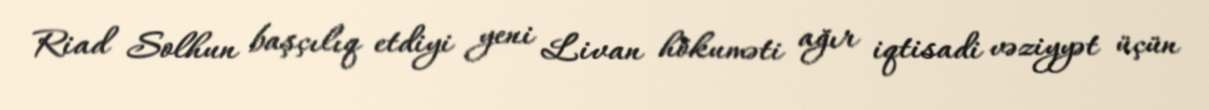
Riad Solhun başçılıq etdiyi yeni Livan hökuməti ağır iqtisadi vəziyyət üçün